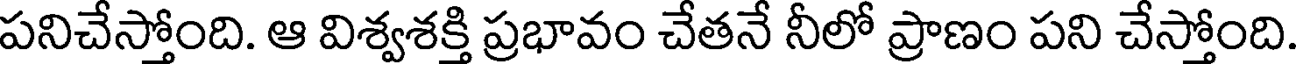
పనిచేస్తోంది. ఆ విశ్వశక్తి ప్రభావం చేతనే నీలో ప్రాణం పని చేస్తోంది